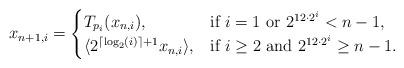
LaTeX: \begin{align*} x_{n+1,i}= \begin{cases} T_{p_i}(x_{n,i}), & \textnormal{if }i=1\textnormal{ or }2^{12\cdot 2^i}<n-1,\\ \langle 2^{\lceil\log_2(i)\rceil+1}x_{n,i}\rangle, & \textnormal{if }i\geq 2\textnormal{ and }2^{12\cdot 2^i}\geq n-1. \end{cases} \end{align*}